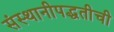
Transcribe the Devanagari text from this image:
संस्थानीपद्धतीची